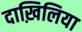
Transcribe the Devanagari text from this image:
दाख़िलिया